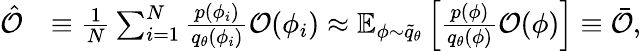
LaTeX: \begin{array}{rl}{\hat{\mathcal{O}}}&{\equiv\frac{1}{N}\sum_{i=1}^{N}\frac{p(\phi_{i})}{{q}_{\theta}(\phi_{i})}\mathcal{O}(\phi_{i})\approx\mathbb{E}_{\phi\sim\widetilde{q}_{\theta}}\left[\frac{p(\phi)}{{q}_{\theta}(\phi)}\mathcal{O}(\phi)\right]\equiv\bar{\mathcal{O}},}\end{array}